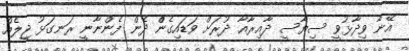
އޭނާ ވިދާޅުވީ ސިޔާސީ ދާއިރާއާ ދުރަށް ވަޑައިގެންް ދެން ފެންނާނީ ރަނގަޅު ޖީލެއް